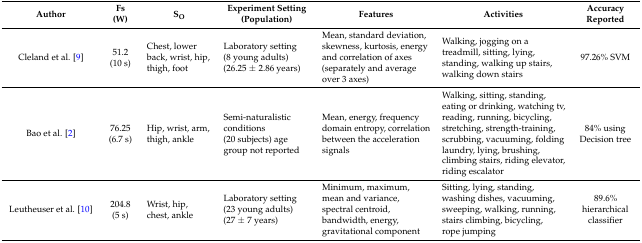
<table><thead><tr><td><b>Author</b></td><td><b>Fs (W)</b></td><td><b>S<sub>O</sub></b></td><td><b>Experiment Setting (Population)</b></td><td><b>Features</b></td><td><b>Activities</b></td><td><b>Accuracy Reported</b></td></tr></thead><tbody><tr><td>Cleland et al. [9]</td><td>51.2 (10 s)</td><td>Chest, lower back, wrist, hip, thigh, foot</td><td>Laboratory setting (8 young adults) (26.25 ± 2.86 years)</td><td>Mean, standard deviation, skewness, kurtosis, energy and correlation of axes (separately and average over 3 axes)</td><td>Walking, jogging on a treadmill, sitting, lying, standing, walking up stairs, walking down stairs</td><td>97.26% SVM</td></tr><tr><td>Bao et al. [2]</td><td>76.25 (6.7 s)</td><td>Hip, wrist, arm, thigh, ankle</td><td>Semi-naturalistic conditions (20 subjects) age group not reported </td><td>Mean, energy, frequency domain entropy, correlation between the acceleration signals</td><td>Walking, sitting, standing, eating or drinking, watching tv, reading, running, bicycling, stretching, strength-training, scrubbing, vacuuming, folding laundry, lying, brushing, climbing stairs, riding elevator, riding escalator</td><td>84% using Decision tree</td></tr><tr><td>Leutheuser et al. [10]</td><td>204.8 (5 s)</td><td>Wrist, hip, chest, ankle</td><td>Laboratory setting (23 young adults) (27 ± 7 years)</td><td>Minimum, maximum, mean and variance, spectral centroid, bandwidth, energy, gravitational component</td><td>Sitting, lying, standing, washing dishes, vacuuming, sweeping, walking, running, stairs climbing, bicycling, rope jumping</td><td>89.6% hierarchical classifier</td></tr></tbody></table>